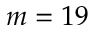
m = 1 9